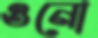
ওনো